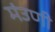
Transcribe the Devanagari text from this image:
मंउणी